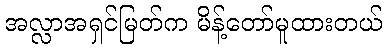
အလ္လာအရှင်မြတ်က မိန့်တော်မူထားတယ်